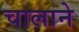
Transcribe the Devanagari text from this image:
चालाने